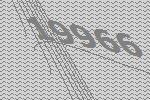
19966